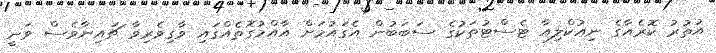
އުތުރު ކޮރެއާގެ ނިއުކްލިއާ ޓެސްޓުތަކުގެ ސަބަބުން އެގައުމަށް އާއްމުގޮތެއްގައި ވާގިވެރިވާ ޗައިނާވެސް ވަނީ